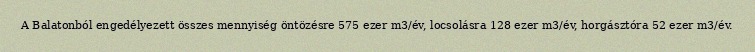
A Balatonból engedélyezett összes mennyiség öntözésre 575 ezer m3/év, locsolásra 128 ezer m3/év, horgásztóra 52 ezer m3/év.